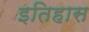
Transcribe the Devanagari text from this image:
इतिहास